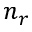
n _ { r }